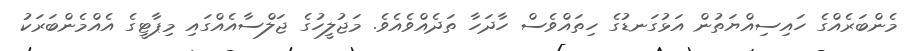
މެންބަރެއްގެ ހައިސިއްޔަތުން އަޅުގަނޑުގެ ހިތައްވެސް ހާދަހާ ތަދެއްވެއެވެ. މަޖުލީހުގެ ޖަލްސާއެއްގައި މިޕާޓީގެ އެއްމެންބަރަކު